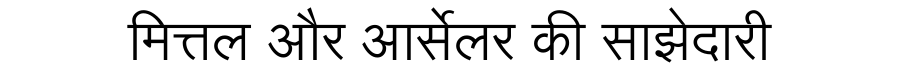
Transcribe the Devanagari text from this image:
मित्तल और आर्सेलर की साझेदारी